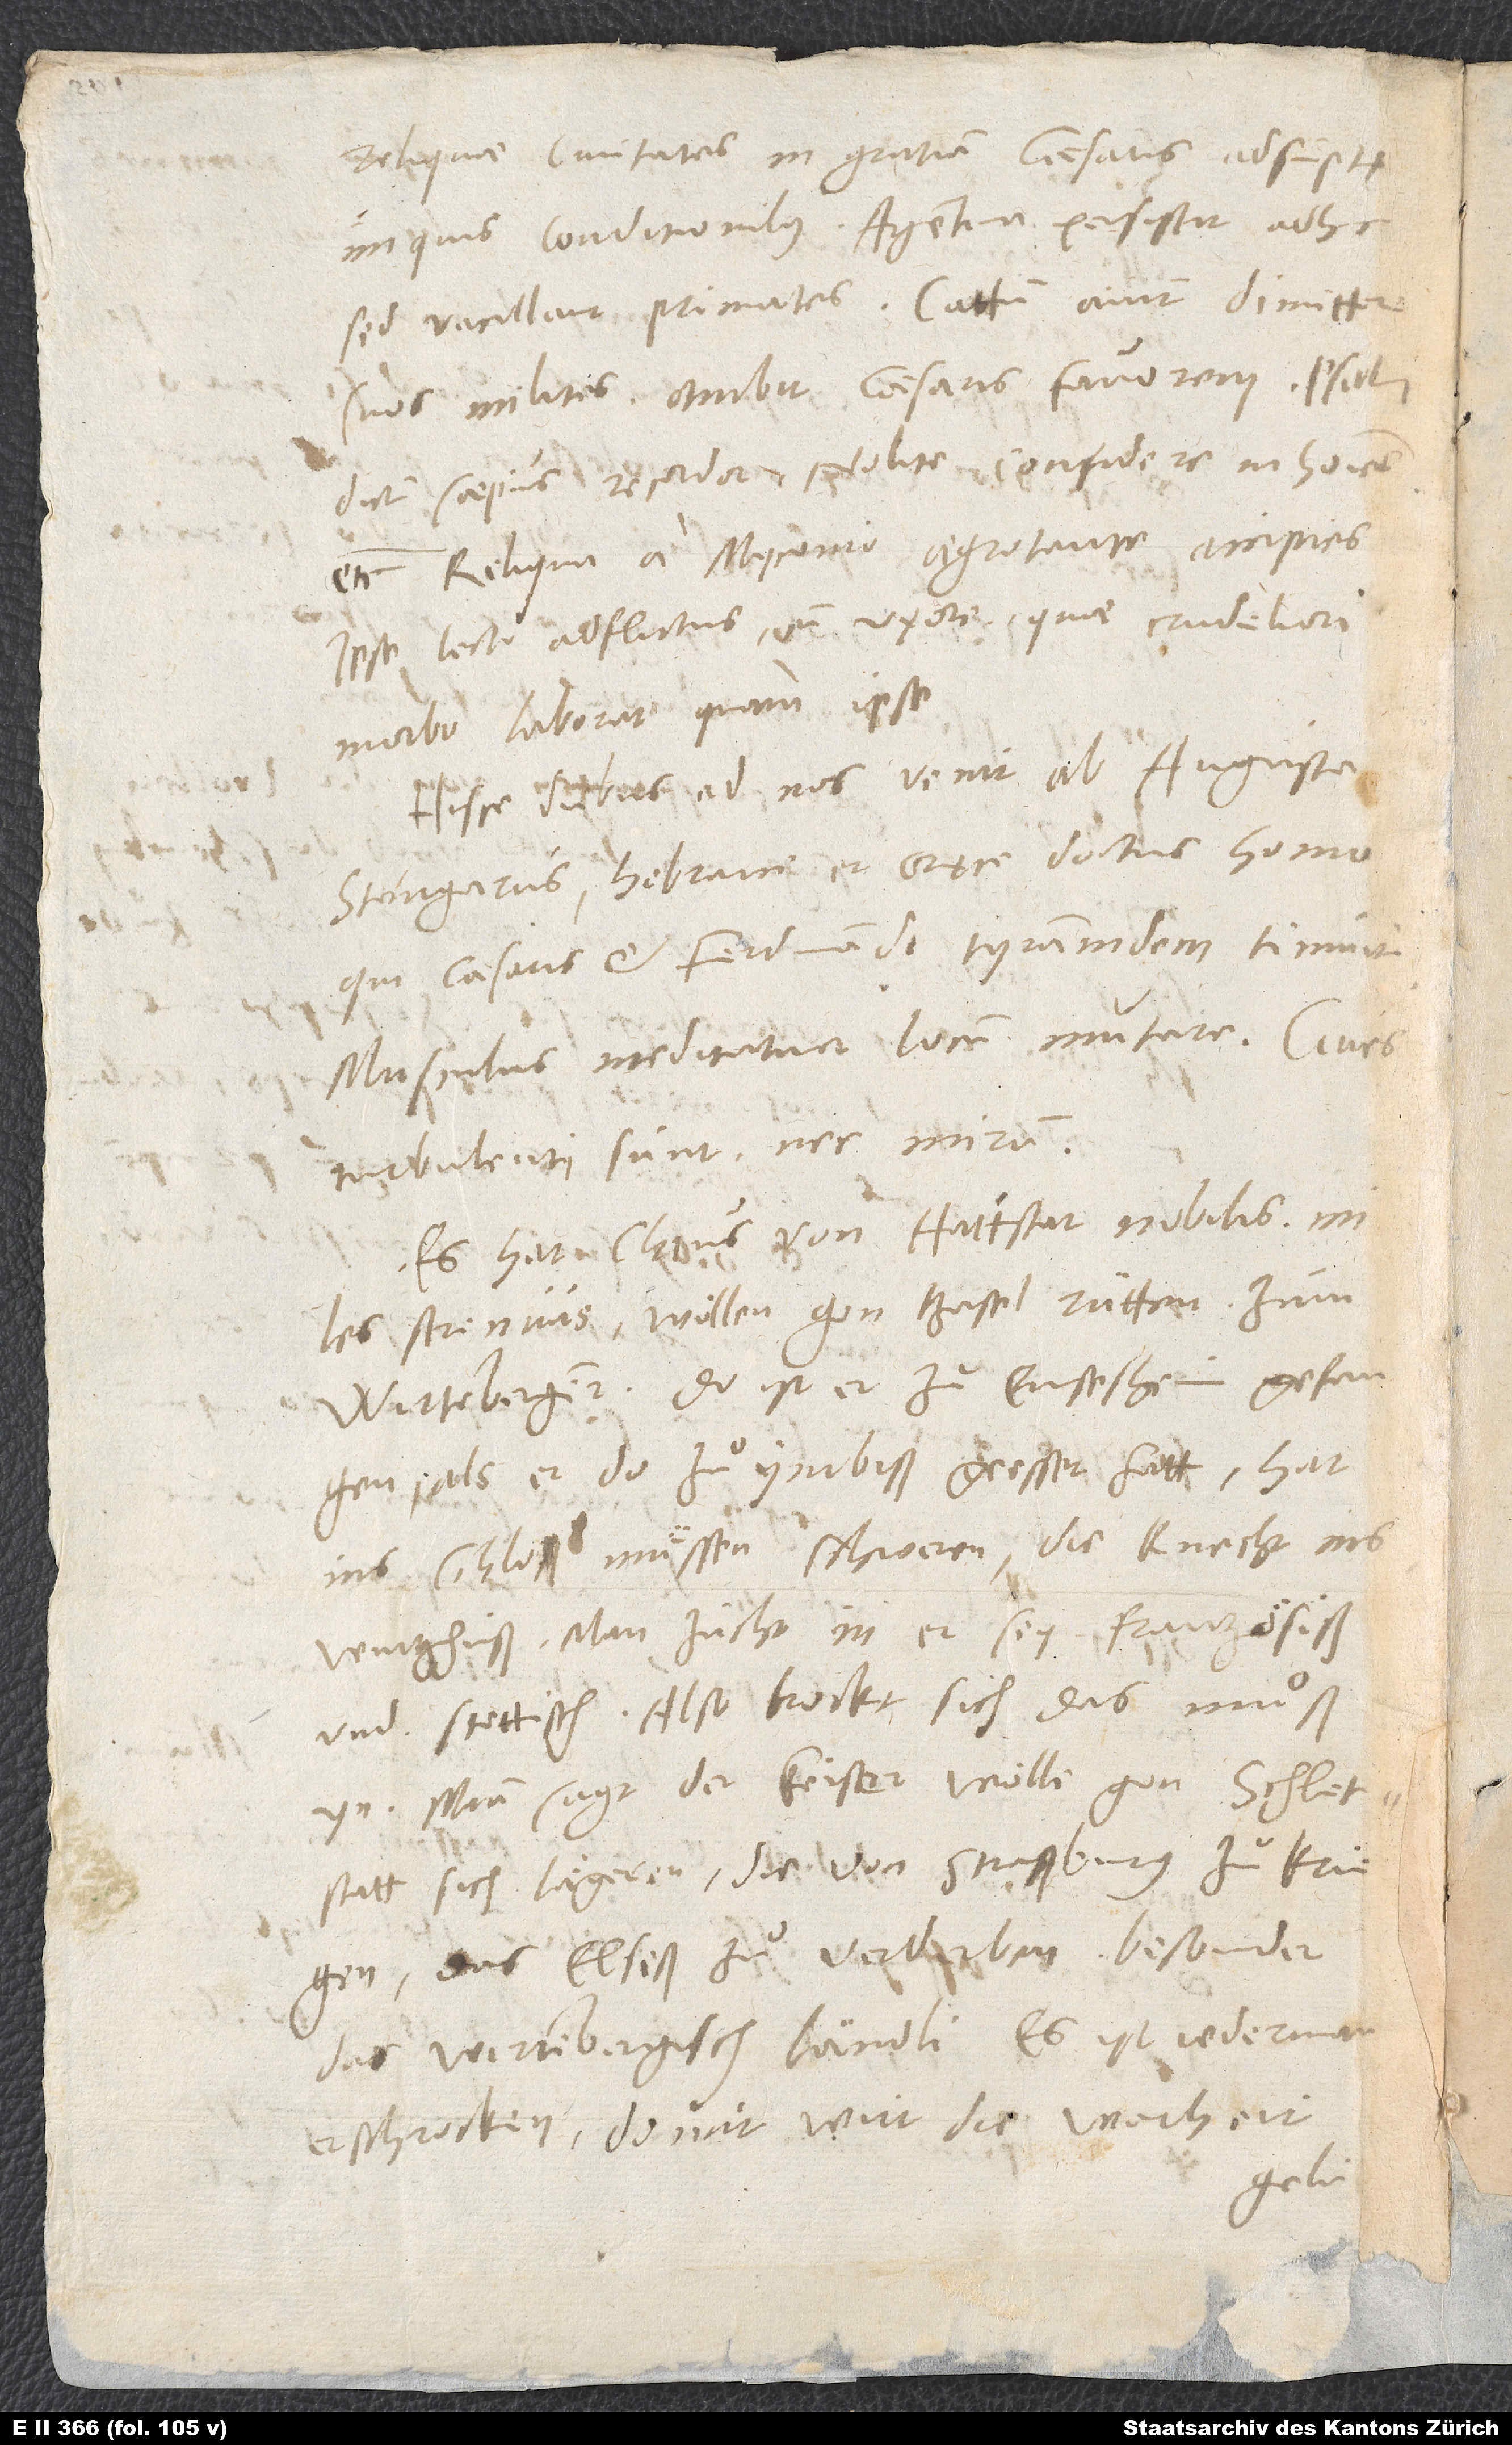
reliquae civitates in gratiam caesaris adsumptę
iniquis conditionibus. Argentina persistit adhuc,
sed vacillant primates. Cattum aiunt dimittere
suos milites. Ambit caesaris favorem. Psalmi
dictum saepius recordor: „Nolite confidere in homine“,
etc. Reliqua a Myconio aegrotante accipies.
Ipse lecto adflictus cum uxore, quae crudeliori
morbo laborat quam ipse.
Hisce diebus ad nos venit ab Augusta
Stengarus, Hebraice et Gręce doctus homo,
qui caesaris et Ferdinandi tyrannidem timuit.
Musculus meditatur locum mutare. Cives
turbulenti sunt, nec mirum.
Es hat Claus von Hattstat, nobilis,
miles strenuus, wöllen gon Basel rütten zum
Wirtemberger. Da ist er zu Ensesheim gefangen,
als er do zuͦ ymbiß geesset hatt. Hat
ins schloß müssen schweren; die knecht ins
wurtshuß. Man zücht in, er sey frantzoͤsiß
und stettisch. Also brockt sich das muͦß
Man sagt, der keiser wölle gon Schletstatt
sich laͤgeren, die von Straßburg zuͦ kriegen,
das Elseß zuͦ verderben, besonder
das wirtembergisch ländli. Es ist iederman
erschrocken. Domit wirt die warheit